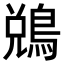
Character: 𪁑